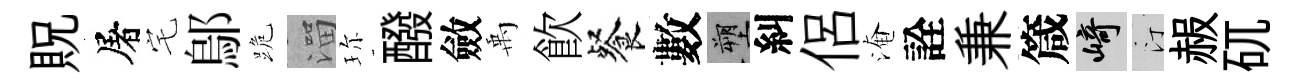
貺屠宅鄔跪溜珎醱斂禹飮餐數塑糾侶淹詮兼箴崎汀赧矹